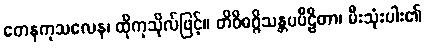
တေနကုသလေန၊ ထိုကုသိုလ်ဖြင့်။ တိဝိဓဂ္ဂိသန္တပပီဠိတာ၊ မီးသုံးပါး၏